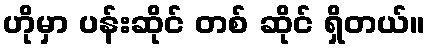
ဟိုမှာ ပန်းဆိုင် တစ် ဆိုင် ရှိတယ်။